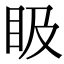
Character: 𥄫